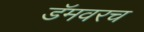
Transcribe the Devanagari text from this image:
डॅमवरच